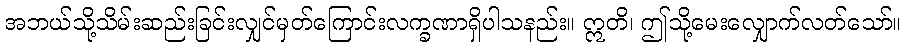
အဘယ်သို့သိမ်းဆည်းခြင်းလျှင်မှတ်ကြောင်းလက္ခဏာရှိပါသနည်း။ ဣတိ၊ ဤသို့မေးလျှောက်လတ်သော်။